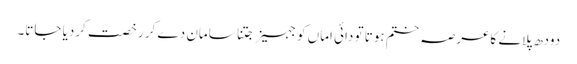
دودھ پلانے کاعرصہ ختم ہوتا تو دائی اماں کو جہیز جتنا سامان دے کر رخصت کردیا جاتا۔